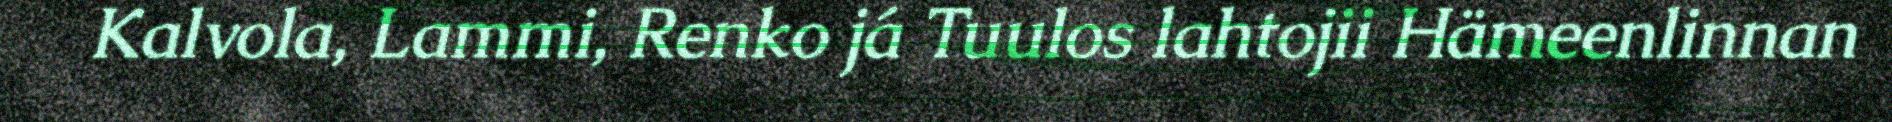
Kalvola, Lammi, Renko já Tuulos lahtojii Hämeenlinnan